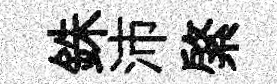
銖沛綮